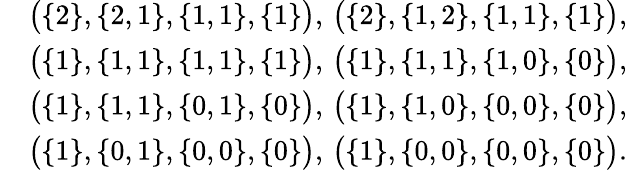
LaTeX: \begin{array}{rl}&{\big(\{ 2\} ,\{ 2,1\} ,\{ 1,1\} ,\{ 1\} \big),\, \big(\{ 2\} ,\{ 1,2\} ,\{ 1,1\} ,\{ 1\} \big),}\\ &{\big(\{ 1\} ,\{ 1,1\} ,\{ 1,1\} ,\{ 1\} \big),\, \big(\{ 1\} ,\{ 1,1\} ,\{ 1,0\} ,\{ 0\} \big),}\\ &{\big(\{ 1\} ,\{ 1,1\} ,\{ 0,1\} ,\{ 0\} \big),\, \big(\{ 1\} ,\{ 1,0\} ,\{ 0,0\} ,\{ 0\} \big),}\\ &{\big(\{ 1\} ,\{ 0,1\} ,\{ 0,0\} ,\{ 0\} \big),\, \big(\{ 1\} ,\{ 0,0\} ,\{ 0,0\} ,\{ 0\} \big).}\end{array}